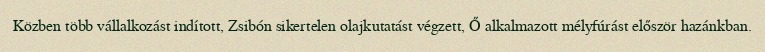
Közben több vállalkozást indított, Zsibón sikertelen olajkutatást végzett, Ő alkalmazott mélyfúrást először hazánkban.